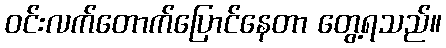
ဝင်းလက်တောက်ပြောင်နေတာ တွေ့ရသည်။